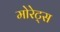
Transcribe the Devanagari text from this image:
मोरेट्स